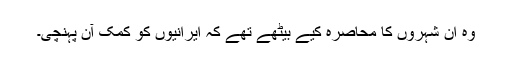
وہ ان شہروں کا محاصرہ کیے بیٹھے تھے کہ ایرانیوں کو کمک آن پہنچی۔